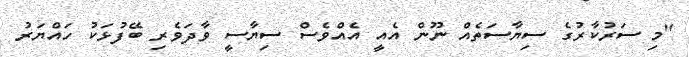
"މި ސަރުކާރުގެ ސިޔާސަތެއް ނޫން އެއީ އެއްވެސް ސިޔާސީ ވާދަވެރި ބޭފުޅަކު ހައްޔަރު